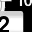
Digit: 2